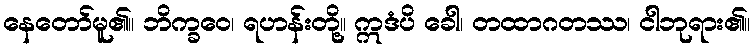
နေတော်မူ၏။ ဘိက္ခဝေ၊ ရဟန်းတို့။ ဣဒံပိ ခေါ၊ တထာဂတဿ၊ ငါဘုရား၏။